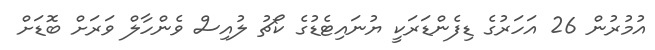
އުމުރުން 26 އަހަރުގެ ޑިފެންޑަރަކީ ޔުނައިޓެޑުގެ ކޯޗު ލުއިސް ވެންހާލް ވަރަށް ބޮޑަށް